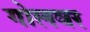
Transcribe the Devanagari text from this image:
गोलवर